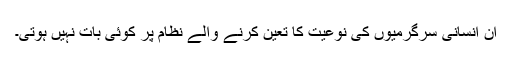
ان انسانی سرگرمیوں کی نوعیت کا تعین کرنے والے نظام پر کوئی بات نہیں ہوتی۔